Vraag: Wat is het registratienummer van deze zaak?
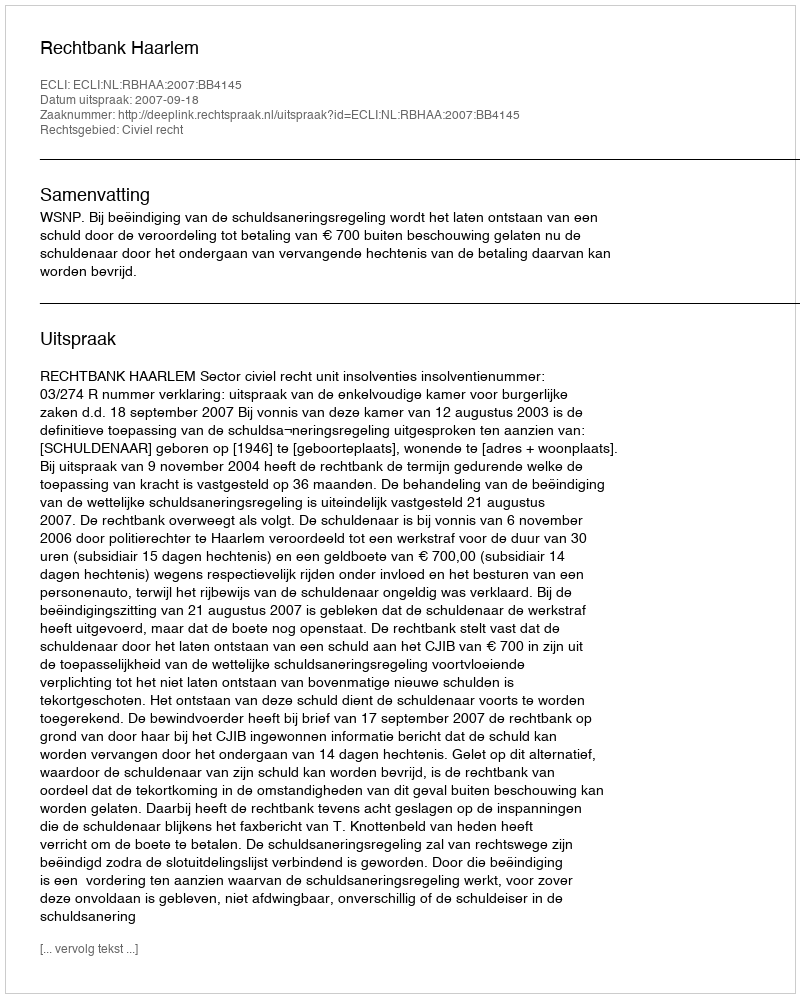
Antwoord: http://deeplink.rechtspraak.nl/uitspraak?id=ECLI:NL:RBHAA:2007:BB4145